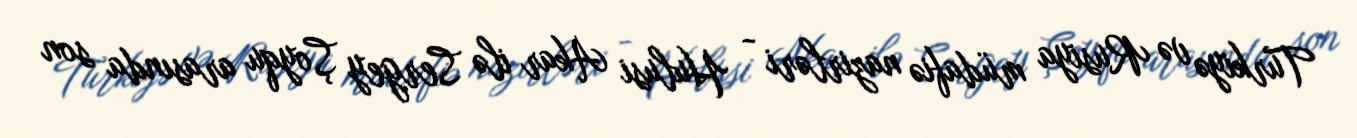
Türkiyə və Rusiya müdafiə nazirləri - Hulusi Akar ilə Sergey Şoyqu arasında son